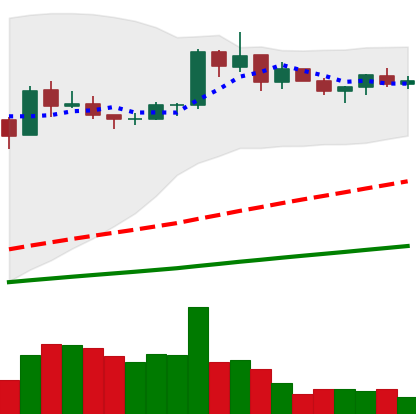
Ticker: BNB-USD
Chart end date: 2021-03-19
Forward return: -5.38%
Label: down_5_7